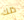
ذلك